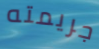
جريمته